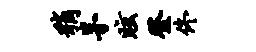
稍茅眩登佟